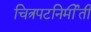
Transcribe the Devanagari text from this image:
चित्रपटनिर्मीती